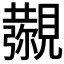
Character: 𧢖